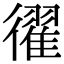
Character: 𢖈